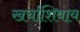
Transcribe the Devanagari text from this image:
खर्चाशिवाय